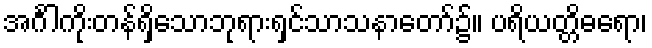
အင်္ဂါကိုးတန်ရှိသောဘုရားရှင်သာသနာတော်၌။ ပရိယတ္တိဓရော၊